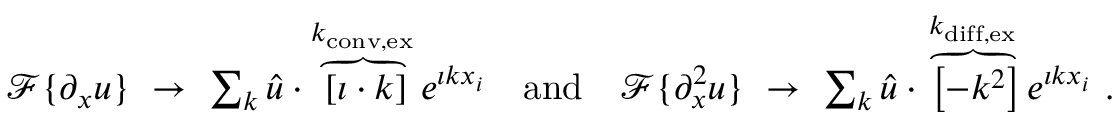
\begin{array} { r } { \mathcal { F } \{ \partial _ { x } u \} \ \to \ \sum _ { k } \hat { u } \cdot \overbrace { \left[ \imath \cdot k \right] } ^ { k _ { \mathrm { c o n v , e x } } } e ^ { \imath k x _ { i } } \quad \mathrm { a n d } \quad \mathcal { F } \{ \partial _ { x } ^ { 2 } u \} \ \to \ \sum _ { k } \hat { u } \cdot \overbrace { \left[ - k ^ { 2 } \right] } ^ { k _ { \mathrm { d i f f , e x } } } e ^ { \imath k x _ { i } } \ . } \end{array}